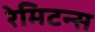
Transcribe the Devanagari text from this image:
रेमिटन्स